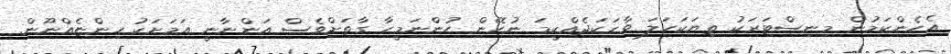
އެހެންކަމުން މިނިސްޓަރަކު ތިޔަކަހަލަ ވާހަކަދެއްކީމަ ނުހޭން ހުންނަމީހާ ގާތަށްވެސް އަންނާނީ އަމަށަކު ހިންޏެއްނޫން.